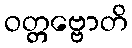
ဝတ္တဗ္ဗောတိ